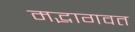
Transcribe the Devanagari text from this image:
मद्भागवत